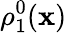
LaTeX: \rho_{1}^{0}(\mathbf{x})